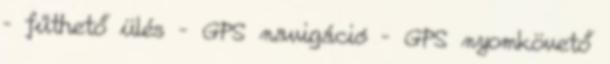
– fűthető ülés – GPS navigáció – GPS nyomkövető